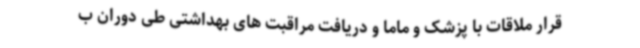
قرار ملاقات با پزشک و ماما و دریافت مراقبت های بهداشتی طی دوران ب